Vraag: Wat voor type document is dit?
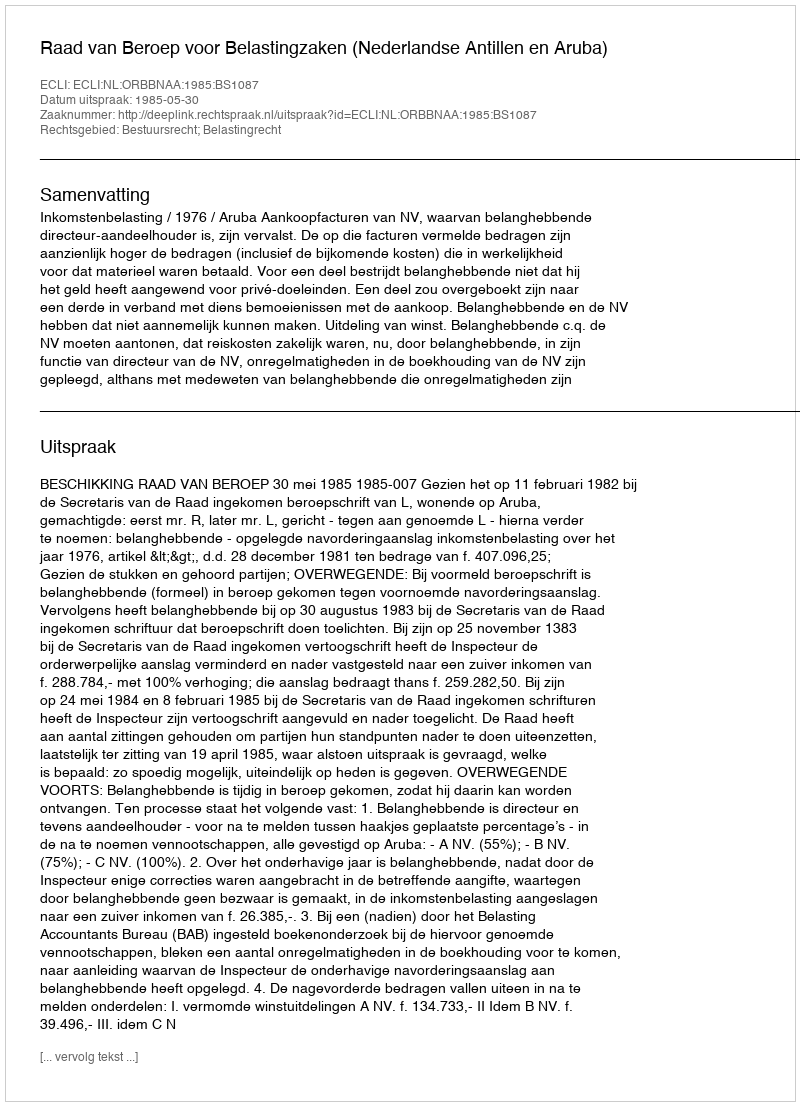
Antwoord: Uitspraak